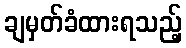
ချမှတ်ခံထားရသည့်